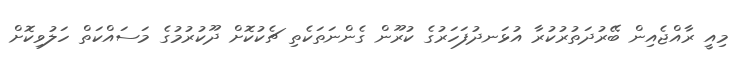
މިއީ ރާއްޖެއިން ބޭރުދަތުރުކުރާ އުޅަނދުފަހަރުގެ ކުރޫން ގެންނަތަކެތި ޗެކުކޮށް ދޫކުރުމުގެ މަސައްކަތް ހަލުވިކޮށް